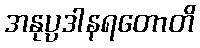
အနုပ္ပဒါနရတောတိ